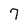
Character: 7